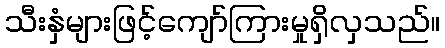
သီးနှံများဖြင့်ကျော်ကြားမှုရှိလှသည်။